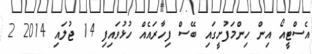
އެސްޓީއޯ އިން ހިންމަފުށީގައި ބޭސް ފިހާރައެއް ހުޅުވައިފި 14 ޖުލައި 2014 2